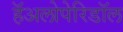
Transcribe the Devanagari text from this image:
हॅअलोपेरिडॉल